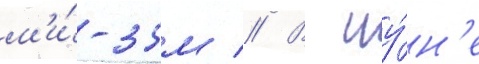
м'и́-35м // В иу́н'е